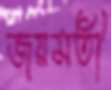
জয়মতী